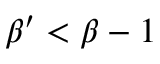
\beta ^ { \prime } < \beta - 1